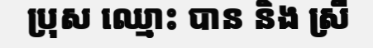
ប្រុស ឈ្មោះ បាន និង ស្រី